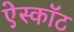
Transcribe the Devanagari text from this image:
ऐस्कॉट